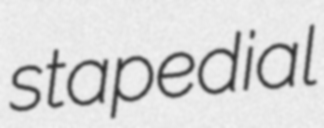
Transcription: stapedial